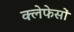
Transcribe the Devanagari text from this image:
क्लेफेसों